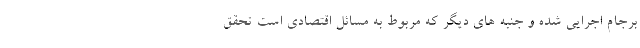
برجام اجرایی شده و جنبه های دیگر که مربوط به مسائل اقتصادی است تحقق